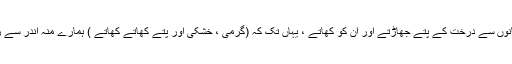
اور ہم اپنی کمانوں سے درخت کے پتے جھاڑتے اور ان کو کھاتے ، یہاں تک کہ (گرمی ، خشکی اور پتے کھاتے کھاتے ) ہمارے منہ اندر سے زخمی ہو گئے۔